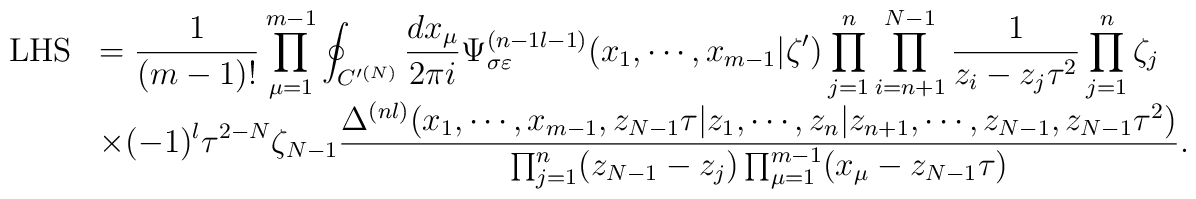
\begin{array}{cl}\mbox{LHS}&\displaystyle=\frac {1}{(m-1)!}\prod_{\mu =1}^{m-1}\oint_{C'^{(N)}} {dx_{\mu } \over 2\pi i}\Psi_{\sigma \varepsilon}^{(n-1 l-1)}(x_1,\cdots,x_{m-1}| \zeta')\prod_{j=1}^n\prod_{i=n+1}^{N-1}\frac{1}{z_i-z_j\tau^2}\prod_{j=1}^n\zeta_j\\&\displaystyle\times (-1)^l\tau^{2-N}\zeta_{N-1}\frac{\Delta^{(nl)}(x_1,\cdots,x_{m-1}, z_{N-1}\tau | z_1 , \cdots , z_n |       z_{n+1}, \cdots ,z_{N-1}, z_{N-1}\tau^2)}{\prod_{j=1}^n (z_{N-1}-z_j) \prod_{\mu=1}^{m-1} (x_{\mu}-z_{N-1}\tau)}.\end{array}